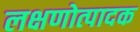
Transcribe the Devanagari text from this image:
लक्षणोत्पादक